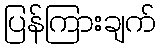
ပြန်ကြားချက်